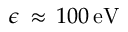
\epsilon \, \approx \, 1 0 0 \, \mathrm { { e V } }